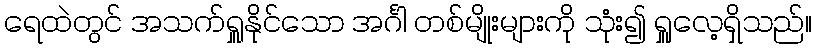
ရေထဲတွင် အသက်ရှူနိုင်သော အင်္ဂါ တစ်မျိုးများကို သုံး၍ ရှူလေ့ရှိသည်။